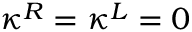
\kappa ^ { R } = \kappa ^ { L } = 0